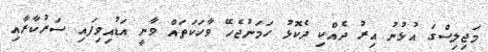
މަޖިލިސްގަ އުޅުނު އިރު ދެއްކި ދެކޮޅު ހަމަނުޖެހޭ ވާހަކަތައް ވާނީ އަޑުއިވިފައި ސަރުކާރާއި